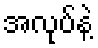
အလုပ်နဲ့